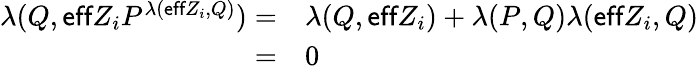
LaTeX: \begin{array}{rl}{\lambda(Q,\textsf{eff}Z_{i}P^{\lambda(\textsf{eff}Z_{i},Q)})=}&{{}\lambda(Q,\textsf{eff}Z_{i})+\lambda(P,Q)\lambda(\textsf{eff}Z_{i},Q)}\\ {=}&{{}0}\end{array}